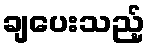
ချပေးသည့်